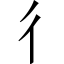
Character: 彳